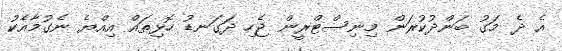
އެ ދެ މަގު ބަންދުކުރަން މިނިސްޓްރީން ޖެހި ދަގަނޑު ހޮޅިތައް އިއްޔެ ނެގުމާއެކު